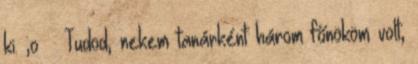
ki. ;o Tudod, nekem tanárként három főnököm volt,